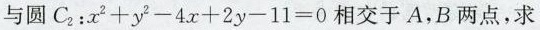
与圆C_{2}$${2：x^{2}+y{2}-4x+2y-11=0$$相交于A，B两点，求